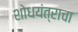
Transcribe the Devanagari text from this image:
शोधयंत्राचा